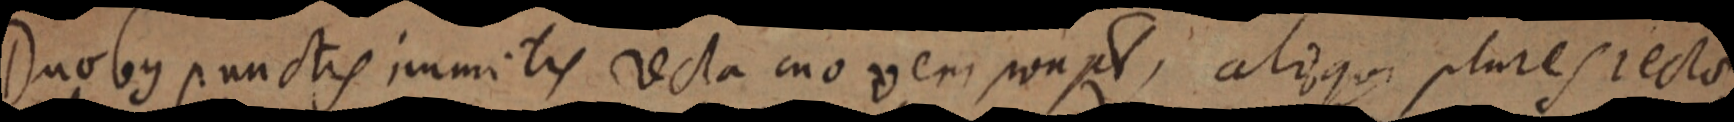
Duobus punctis immitis recta moveri non pt, aliqui plures recto